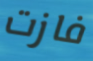
فازت